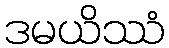
ဒမယိဿံ